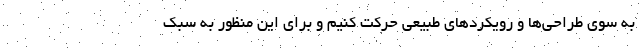
به سوی طراحی‌ها و رویکردهای طبیعی حرکت کنیم و برای این منظور به سبک